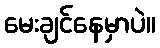
မေးချင်နေမှာပဲ။